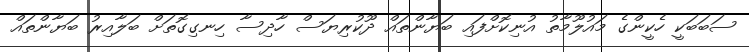
ސަބަބަކީ ހެކީންގެ މައުލޫމާތު އުނިކޮށްފައި ބަޔާންތައް ދޫކުރިޔަސް ހާދިސާ ހިނގިގޮތަށް ބަލާއިރު ބަޔާންތައް